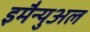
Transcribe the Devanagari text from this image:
इमैन्युअल